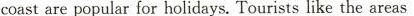
coastare popular for holidays.Tourists like the areas